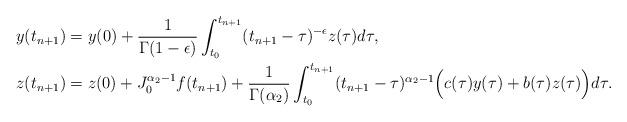
LaTeX: \begin{align*}\begin{aligned}y(t_{n+1}) &= y(0) + \frac{1}{\Gamma(1-\epsilon)}\int_{t_0}^{t_{n+1}}(t_{n+1}-\tau)^{-\epsilon}z(\tau)d\tau,\\z(t_{n+1}) &= z(0)+J_0^{\alpha_2-1}f(t_{n+1})+\frac{1}{\Gamma(\alpha_2)}\int_{t_0}^{t_{n+1}}(t_{n+1}-\tau)^{\alpha_2-1}\Bigl{(} c(\tau)y(\tau)+b(\tau)z(\tau) \Bigr{)} d\tau.\end{aligned}\end{align*}